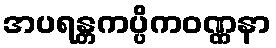
အပရန္တကပ္ပိကဝဏ္ဏနာ